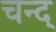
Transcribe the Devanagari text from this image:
चन्द्